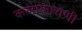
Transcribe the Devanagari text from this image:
कलाकाराणी